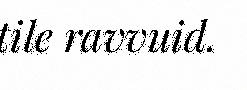
tile ravvuid.